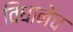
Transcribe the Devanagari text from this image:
विधानेच